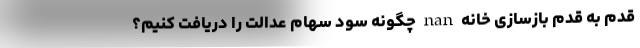
قدم به قدم بازسازی خانه nan چگونه سود سهام عدالت را دریافت کنیم؟